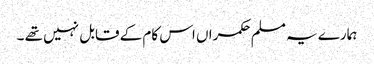
ہمارے یہ مسلم حکمراں اس کام کے قابل نہیں تھے ۔